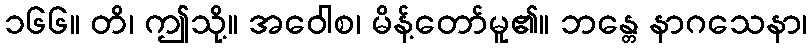
၁၆၆။ တိ၊ ဤသို့။ အဝေါစ၊ မိန့်တော်မူ၏။ ဘန္တေ နာဂသေနာ၊